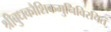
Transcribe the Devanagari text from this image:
श्रीबुधकौशिकमुनिविरचितं